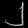
Digit: ၂